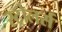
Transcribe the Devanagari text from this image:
स्ट्रोलर्स